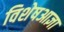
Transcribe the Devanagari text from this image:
विशेषआज्ञा